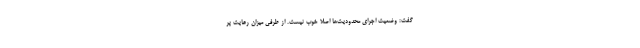
گفت: وضعیت اجرای محدودیت‌ها اصلا خوب نیست. از طرفی میزان رعایت پر